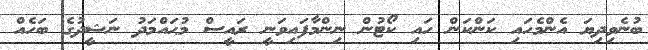
ބުނެވިދިޔަ އެންމެހައި ކަންކަން ހައި ކޯޓުން ނިންމާފައިވަނީ ރައީސް މުޙައްމަދު ނަޝީދުގެ ބަހެއް